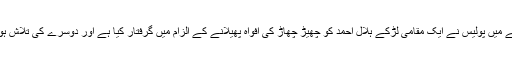
اس معاملے میں پولیس نے ایک مقامی لڑکے ہلال احمد کو چھیڑ چھاڑ کی افواہ پھیلانے کے الزام میں گرفتار کیا ہے اور دوسرے کی تلاش ہو رہی ہے۔